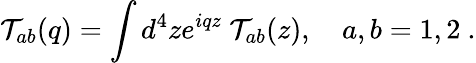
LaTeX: {\cal T}_{ab}(q)=\int d^{4}ze^{iqz}~{\cal T}_{ab}(z),~~~~a,b=1,2~.